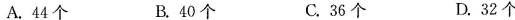
A.44个 B.40个 C.36个 D.32个